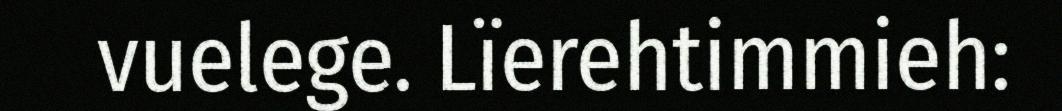
vuelege. Lïerehtimmieh: